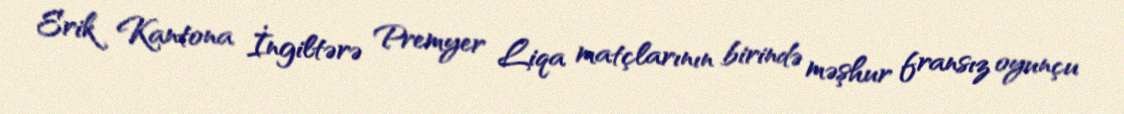
Erik Kantona İngiltərə Premyer Liqa matçlarının birində məşhur fransız oyunçu